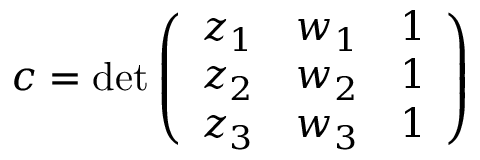
c = \operatorname* { d e t } { \left( \begin{array} { l l l } { z _ { 1 } } & { w _ { 1 } } & { 1 } \\ { z _ { 2 } } & { w _ { 2 } } & { 1 } \\ { z _ { 3 } } & { w _ { 3 } } & { 1 } \end{array} \right) }